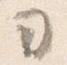
ヨ